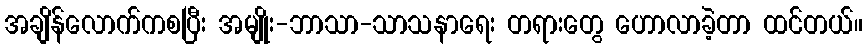
အချိန်လောက်ကစပြီး အမျိုး-ဘာသာ-သာသနာရေး တရားတွေ ဟောလာခဲ့တာ ထင်တယ်။